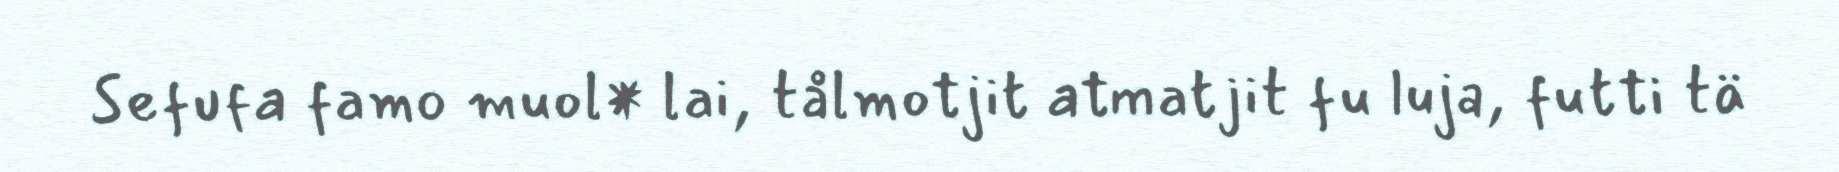
Sefufa famo muol* lai, tålmotjit atmatjit fu luja, futti tä